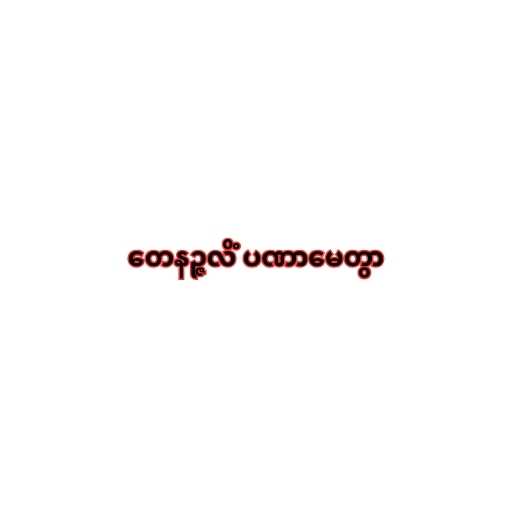
တေနဉ္ဇလိံ ပဏာမေတွာ